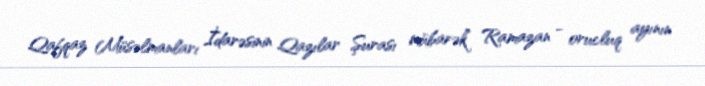
Qafqaz Müsəlmanları İdarəsinin Qazılar Şurası mübarək Ramazan - orucluq ayının